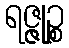
ရဇ္ဇုဉ္စ